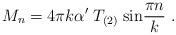
LaTeX: \begin{align*}M_n = 4\pi k\alpha^\prime \; T_{(2)} \; {\rm sin}{\pi n\over k}\ . \end{align*}